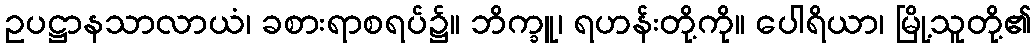
ဥပဋ္ဌာနသာလာယံ၊ ခစားရာစရပ်၌။ ဘိက္ခူ၊ ရဟန်းတို့ကို။ ပေါရိယာ၊ မြို့သူတို့၏